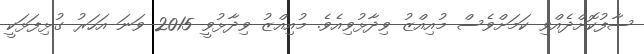
ސާފުކޮށްދެއްވި ކަމަށްވެސް މުއިއްޒު ވިދާޅުވިއެވެ. މުއިއްޒު ވިދާޅުވީ 2015 ވަނަ އަހަރު ގުޅިފަޅަކީ